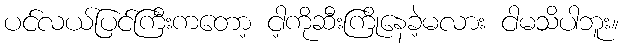
ပင်လယ်ပြင်ကြီးကတော့ ငါ့ကိုဆီးကြိုနေခဲ့မလား ငါမသိပါဘူး။